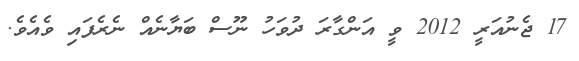
17 ޖެނުއަރީ 2012 ވީ އަންގާރަ ދުވަހު ނޫސް ބަޔާނެއް ނެރެފައި ވެއެވެ.